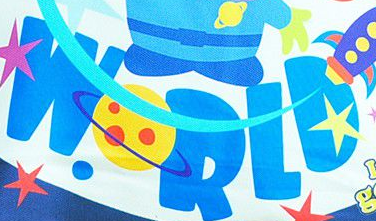
WORLD